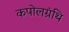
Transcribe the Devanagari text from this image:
कपोलग्रंथि